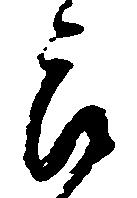
郎